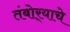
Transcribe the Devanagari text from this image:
तंबोर्‍याचे